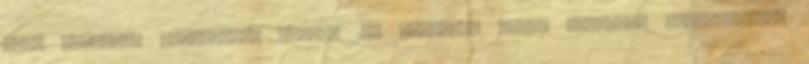
járó egyszeri könyvelési tételt 140 milliárd jenre jósolták csütörtökön,